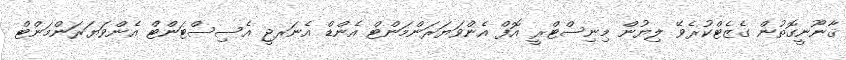
ޤާނޫނީގޮތުން ގެޒެޓްކުރެވޭ ލިޔުން މިނިސްޓްރީ އޮފް އެންވަޔަރަންމަންޓް އެންޑް އެނަރޖީ އެސިސްޓަންޓް އެންވަޔަރަންމަންޓް